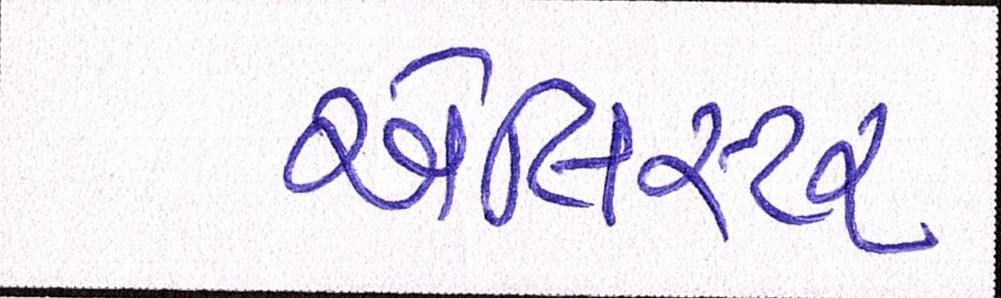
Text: એલિસ્ટર